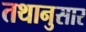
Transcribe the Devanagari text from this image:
तथानुसार